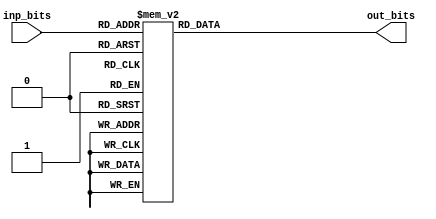
module S1_Box(
	input[0:3] inp_bits,
	output reg[0:1] out_bits);
	
	always@(*)
	begin
			case(inp_bits)
				4'b0000: out_bits = 2'b00;
				4'b0001: out_bits = 2'b10;
				4'b0010: out_bits = 2'b01;
				4'b0011: out_bits = 2'b00;
				4'b0100: out_bits = 2'b10;
				4'b0101: out_bits = 2'b01;
				4'b0110: out_bits = 2'b11;
				4'b0111: out_bits = 2'b11;
				4'b1000: out_bits = 2'b11;
				4'b1001: out_bits = 2'b10;
				4'b1010: out_bits = 2'b00;
				4'b1011: out_bits = 2'b01;
				4'b1100: out_bits = 2'b01;
				4'b1101: out_bits = 2'b00;
				4'b1110: out_bits = 2'b00;
				4'b1111: out_bits = 2'b11;
			endcase
		end
	
endmodule